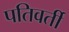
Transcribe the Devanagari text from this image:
पतिवर्ती